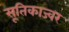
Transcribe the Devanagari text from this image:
सूतिकाज्वर